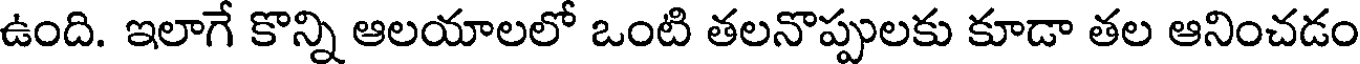
ఉంది. ఇలాగే కొన్ని ఆలయాలలో ఒంటి తలనొప్పులకు కూడా తల ఆనించడం